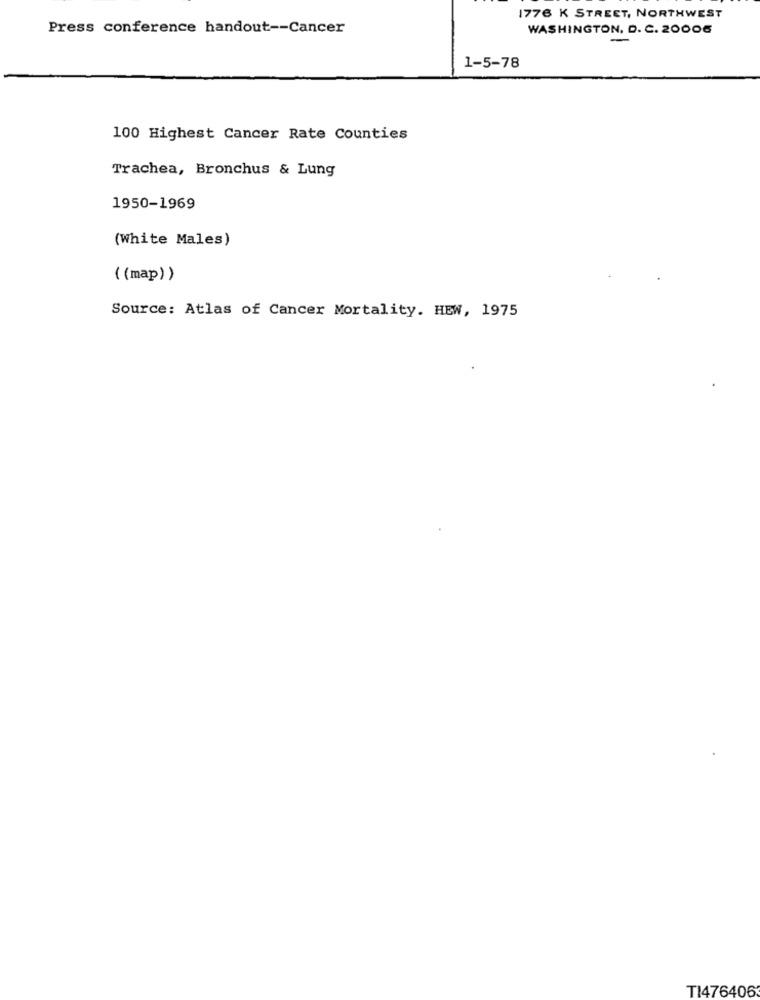
1776 K STREET, NORTHWEST
Press conference handout -- Cancer
WASHINGTON, D. C. 20006
-
1-5-78
100 Highest Cancer Rate Counties
Trachea, Bronchus & Lung
1950-1969
(White Males)
((map))
Source: Atlas of Cancer Mortality. HEW, 1975
TI476406